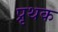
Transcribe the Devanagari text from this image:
प्रृथक